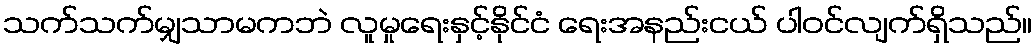
သက်သက်မျှသာမကဘဲ လူမှုရေးနှင့်နိုင်ငံ ရေးအနည်းငယ် ပါဝင်လျက်ရှိသည်။